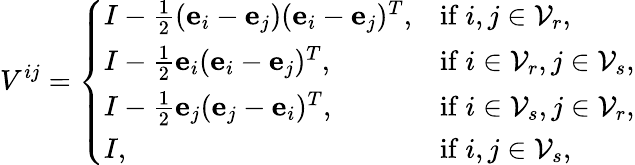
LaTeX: V^{ij}=\left\{ \begin{array}{ll}{I-\frac 12(\textbf{e}_{i}-\textbf{e}_{j})(\textbf{e}_{i}-\textbf{e}_{j})^{T},}&{\mathrm{if~}i,j\in\mathcal{V}_{r},}\\ {I-\frac 12\textbf{e}_{i}(\textbf{e}_{i}-\textbf{e}_{j})^{T},}&{\mathrm{if~}i\in\mathcal{V}_{r},j\in\mathcal{V}_{s},}\\ {I-\frac 12\textbf{e}_{j}(\textbf{e}_{j}-\textbf{e}_{i})^{T},}&{\mathrm{if~}i\in\mathcal{V}_{s},j\in\mathcal{V}_{r},}\\ {I,}&{\mathrm{if~}i,j\in\mathcal{V}_{s},}\end{array}\right.